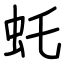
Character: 虴